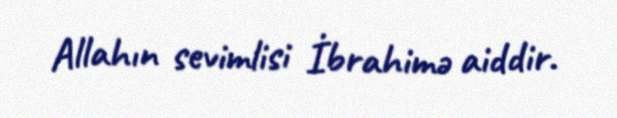
Allahın sevimlisi İbrahimə aiddir.